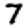
Digit: 7